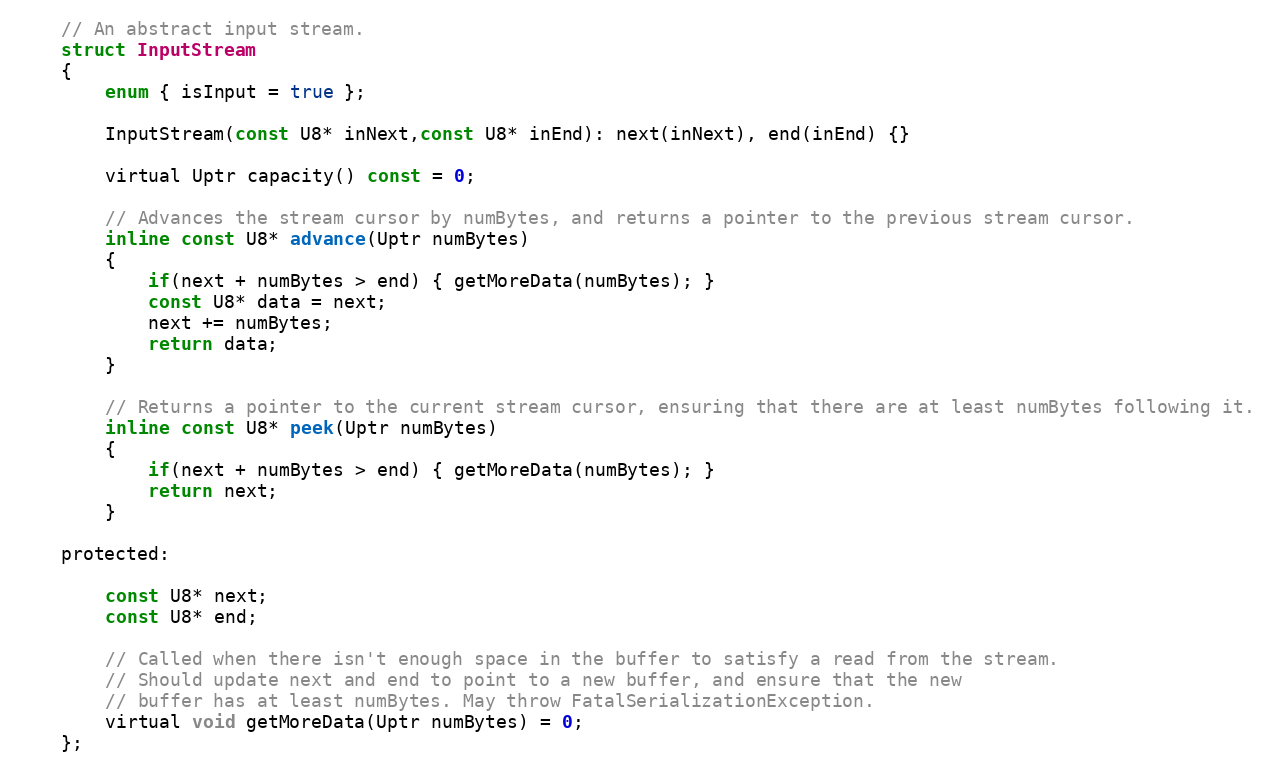
Language: C
	// An abstract input stream.
	struct InputStream
	{
		enum { isInput = true };

		InputStream(const U8* inNext,const U8* inEnd): next(inNext), end(inEnd) {}

		virtual Uptr capacity() const = 0;

		// Advances the stream cursor by numBytes, and returns a pointer to the previous stream cursor.
		inline const U8* advance(Uptr numBytes)
		{
			if(next + numBytes > end) { getMoreData(numBytes); }
			const U8* data = next;
			next += numBytes;
			return data;
		}

		// Returns a pointer to the current stream cursor, ensuring that there are at least numBytes following it.
		inline const U8* peek(Uptr numBytes)
		{
			if(next + numBytes > end) { getMoreData(numBytes); }
			return next;
		}

	protected:

		const U8* next;
		const U8* end;

		// Called when there isn't enough space in the buffer to satisfy a read from the stream.
		// Should update next and end to point to a new buffer, and ensure that the new
		// buffer has at least numBytes. May throw FatalSerializationException.
		virtual void getMoreData(Uptr numBytes) = 0;
	};